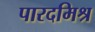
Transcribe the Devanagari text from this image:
पारदमिश्र